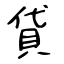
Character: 貸